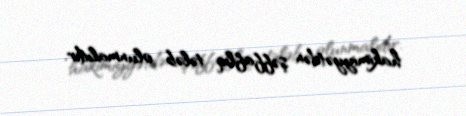
hakimiyyətdən şəffaflıq tələb olunmalıdır.